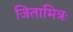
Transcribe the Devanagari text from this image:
जितामित्रः